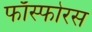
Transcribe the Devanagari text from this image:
फाँस्फोरस